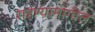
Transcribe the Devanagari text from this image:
राहण्यामागील